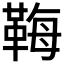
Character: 𩊱